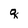
Character: q